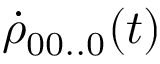
{ { \dot { \rho } } _ { 0 0 . . 0 } } ( t )